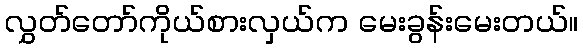
လွှတ်တော်ကိုယ်စားလှယ်က မေးခွန်းမေးတယ်။